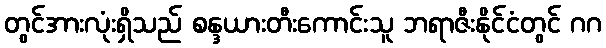
တွင်အားလုံးရှိသည် စန္ဒယားတီးကောင်းသူ ဘရာဇီးနိုင်ငံတွင် ဂဂ